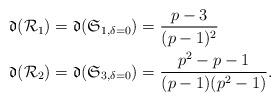
LaTeX: \begin{align*}\frak{d}(\mathcal{R}_1)= \mathfrak{d}(\mathfrak{S}_{1,\delta=0}) &= \frac{p-3}{(p-1)^2}\\\frak{d}(\mathcal{R}_2) = \mathfrak{d}(\mathfrak{S}_{3,\delta=0}) &= \frac{p^2-p-1}{(p-1)(p^2-1)}.\end{align*}